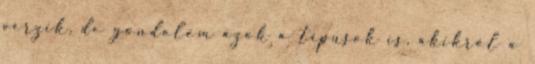
vérzik, de gondolom azok a típusok is, akikről a